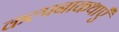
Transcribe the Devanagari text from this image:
कल्पनाकथाएँ